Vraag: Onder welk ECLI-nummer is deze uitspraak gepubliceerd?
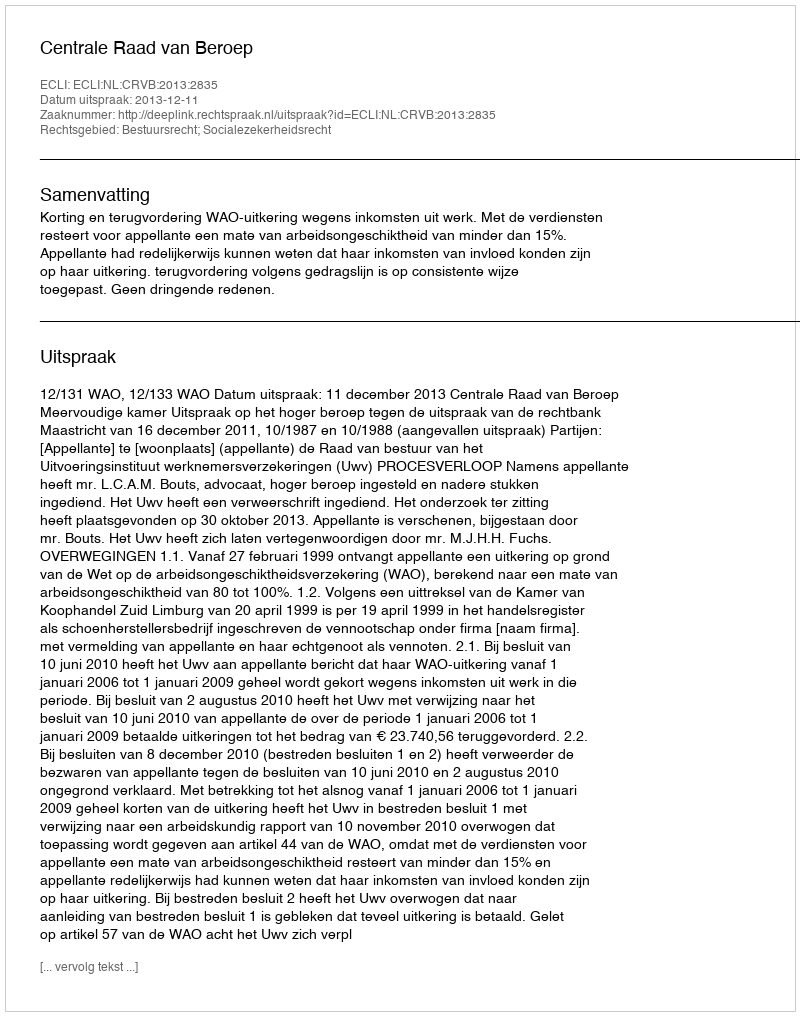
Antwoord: ECLI:NL:CRVB:2013:2835